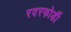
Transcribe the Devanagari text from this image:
रदरफोर्डी